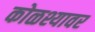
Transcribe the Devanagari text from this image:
कोळश्यावर